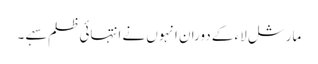
مارشل لاء کے دوران انہوں نے انتہائی ظلم سہے ۔